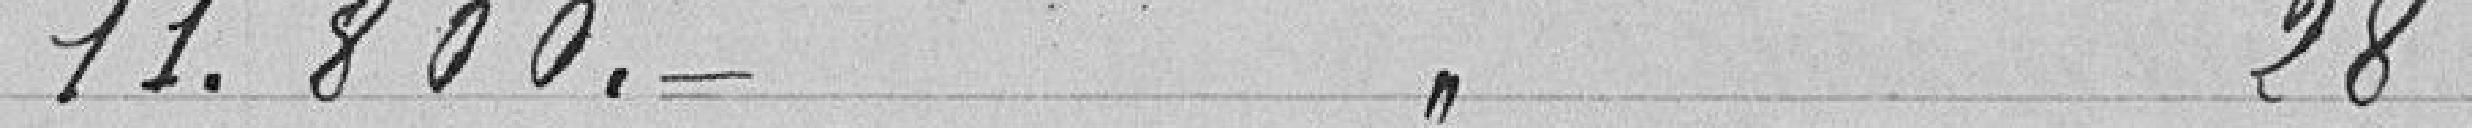
11.800 francs à l'article 28